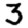
Digit: 3